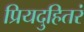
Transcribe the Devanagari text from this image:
प्रियदुहितरं